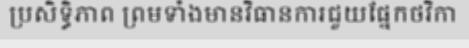
ប្រសិទ្ធិភាព ព្រមទាំងមានវិធានការជួយផ្នែកថវិកា